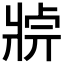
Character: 𤖄